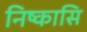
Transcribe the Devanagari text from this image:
निष्कासि